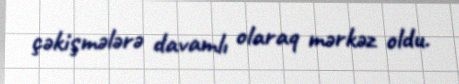
çəkişmələrə davamlı olaraq mərkəz oldu.